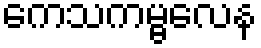
ကေသကမ္ဗလေန